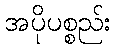
အပိုပစ္စည်း